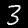
Label: 3